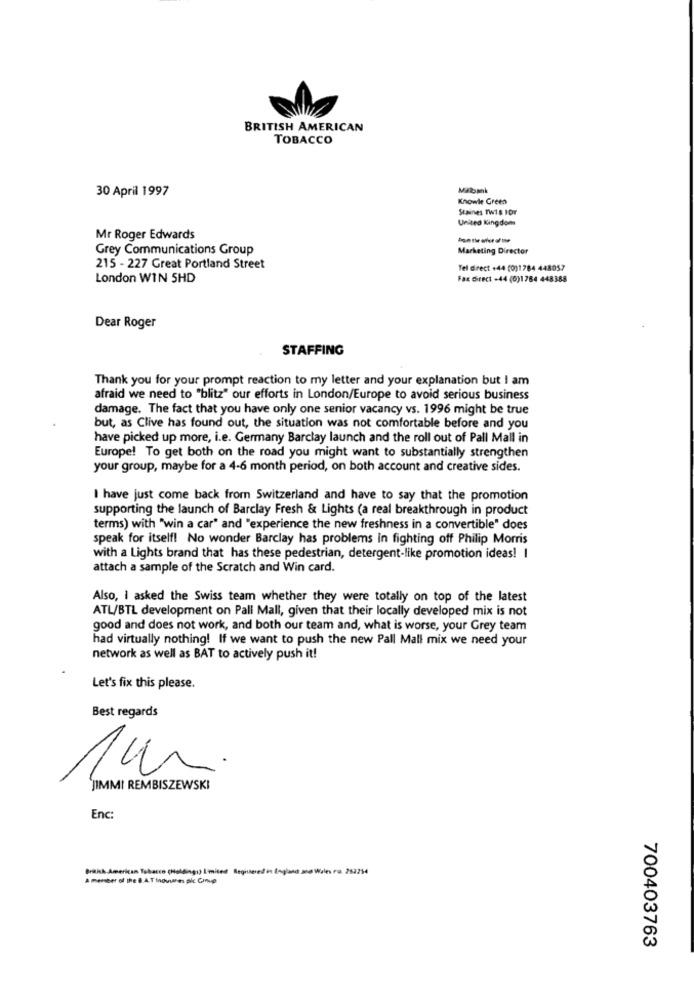
BRITISH AMERICAN
TOBACCO
30 April 1997
Malbank
Knowle Greea
Staines TW1.8 1Or
United Kingdom
Mr Roger Edwards
-----
Grey Communications Group
Marketing Director
215 - 227 Great Portland Street
Tel direct +44 (0)1784 448057
London WIN 5HD
FRE Girect -44 (0)1784 448388
Dear Roger
STAFFING
Thank you for your prompt reaction to my letter and your explanation but I am
afraid we need to "blitz" our efforts in London/Europe to avoid serious business
damage. The fact that you have only one senior vacancy vs. 1996 might be true
but, as Clive has found out, the situation was not comfortable before and you
have picked up more, i.e. Germany Barclay launch and the roll out of Pall Mall in
Europe! To get both on the road you might want to substantially strengthen
your group, maybe for a 4-6 month period, on both account and creative sides.
I have just come back from Switzerland and have to say that the promotion
supporting the launch of Barclay Fresh & Lights (a real breakthrough in product
terms) with "win a car" and "experience the new freshness in a convertible" does
speak for itself! No wonder Barclay has problems in fighting off Philip Morris
with a Lights brand that has these pedestrian, detergent-like promotion ideas! I
attach a sample of the Scratch and Win card.
Also, I asked the Swiss team whether they were totally on top of the latest
ATL/BTL development on Pall Mall, given that their locally developed mix is not
good and does not work, and both our team and, what is worse, your Grey team
had virtually nothing! If we want to push the new Pall Mall mix we need your
network as well as BAT to actively push it!
Let's fix this please.
Best regards
`JIMMI REMBISZEWSKI
Enc:
American Taba
y13 Imites Registered in England mo Wales Fo. 262254
A member of the B.A.T indulen ple Conup
700403763